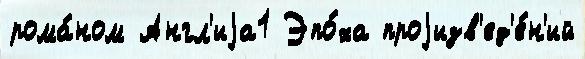
рома́ном Англ'иjа1 Эпо́ха проjизв'ед'е́н'ий